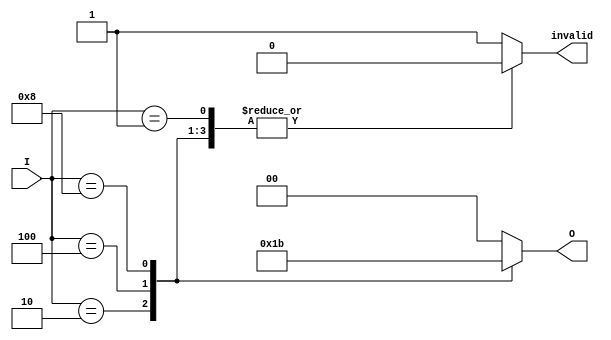
module multilevel_encoder (
    input wire [3:0] I,      // 4 input lines
    output reg [1:0] O,      // 2 output lines
    output reg invalid        // Invalid input signal
);

    always @(*) begin
        // Default values
        O = 2'b00;             // Default output
        invalid = 1'b1;        // Assume invalid input initially

        // Priority encoding logic
        case (I)
            4'b0001: begin O = 2'b00; invalid = 1'b0; end // I0 active
            4'b0010: begin O = 2'b01; invalid = 1'b0; end // I1 active
            4'b0100: begin O = 2'b10; invalid = 1'b0; end // I2 active
            4'b1000: begin O = 2'b11; invalid = 1'b0; end // I3 active
            default: begin O = 2'b00; invalid = 1'b1; end // No input active
        endcase
    end

endmodule